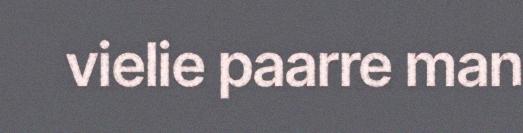
vielie paarre man